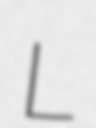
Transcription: L